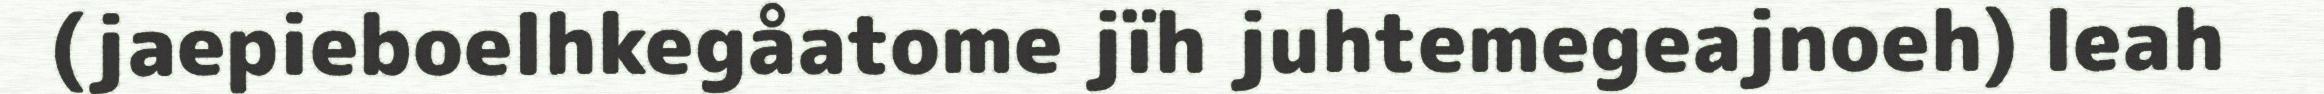
(jaepieboelhkegåatome jïh juhtemegeajnoeh) leah